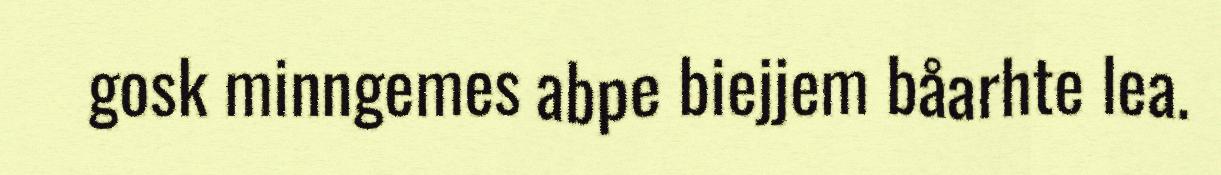
gosk minngemes abpe biejjem båarhte lea.